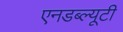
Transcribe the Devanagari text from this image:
एनडब्ल्यूटी